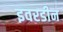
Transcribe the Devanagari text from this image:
इवरडीन